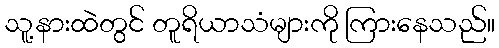
သူ့နားထဲတွင် တူရိယာသံများကို ကြားနေသည်။